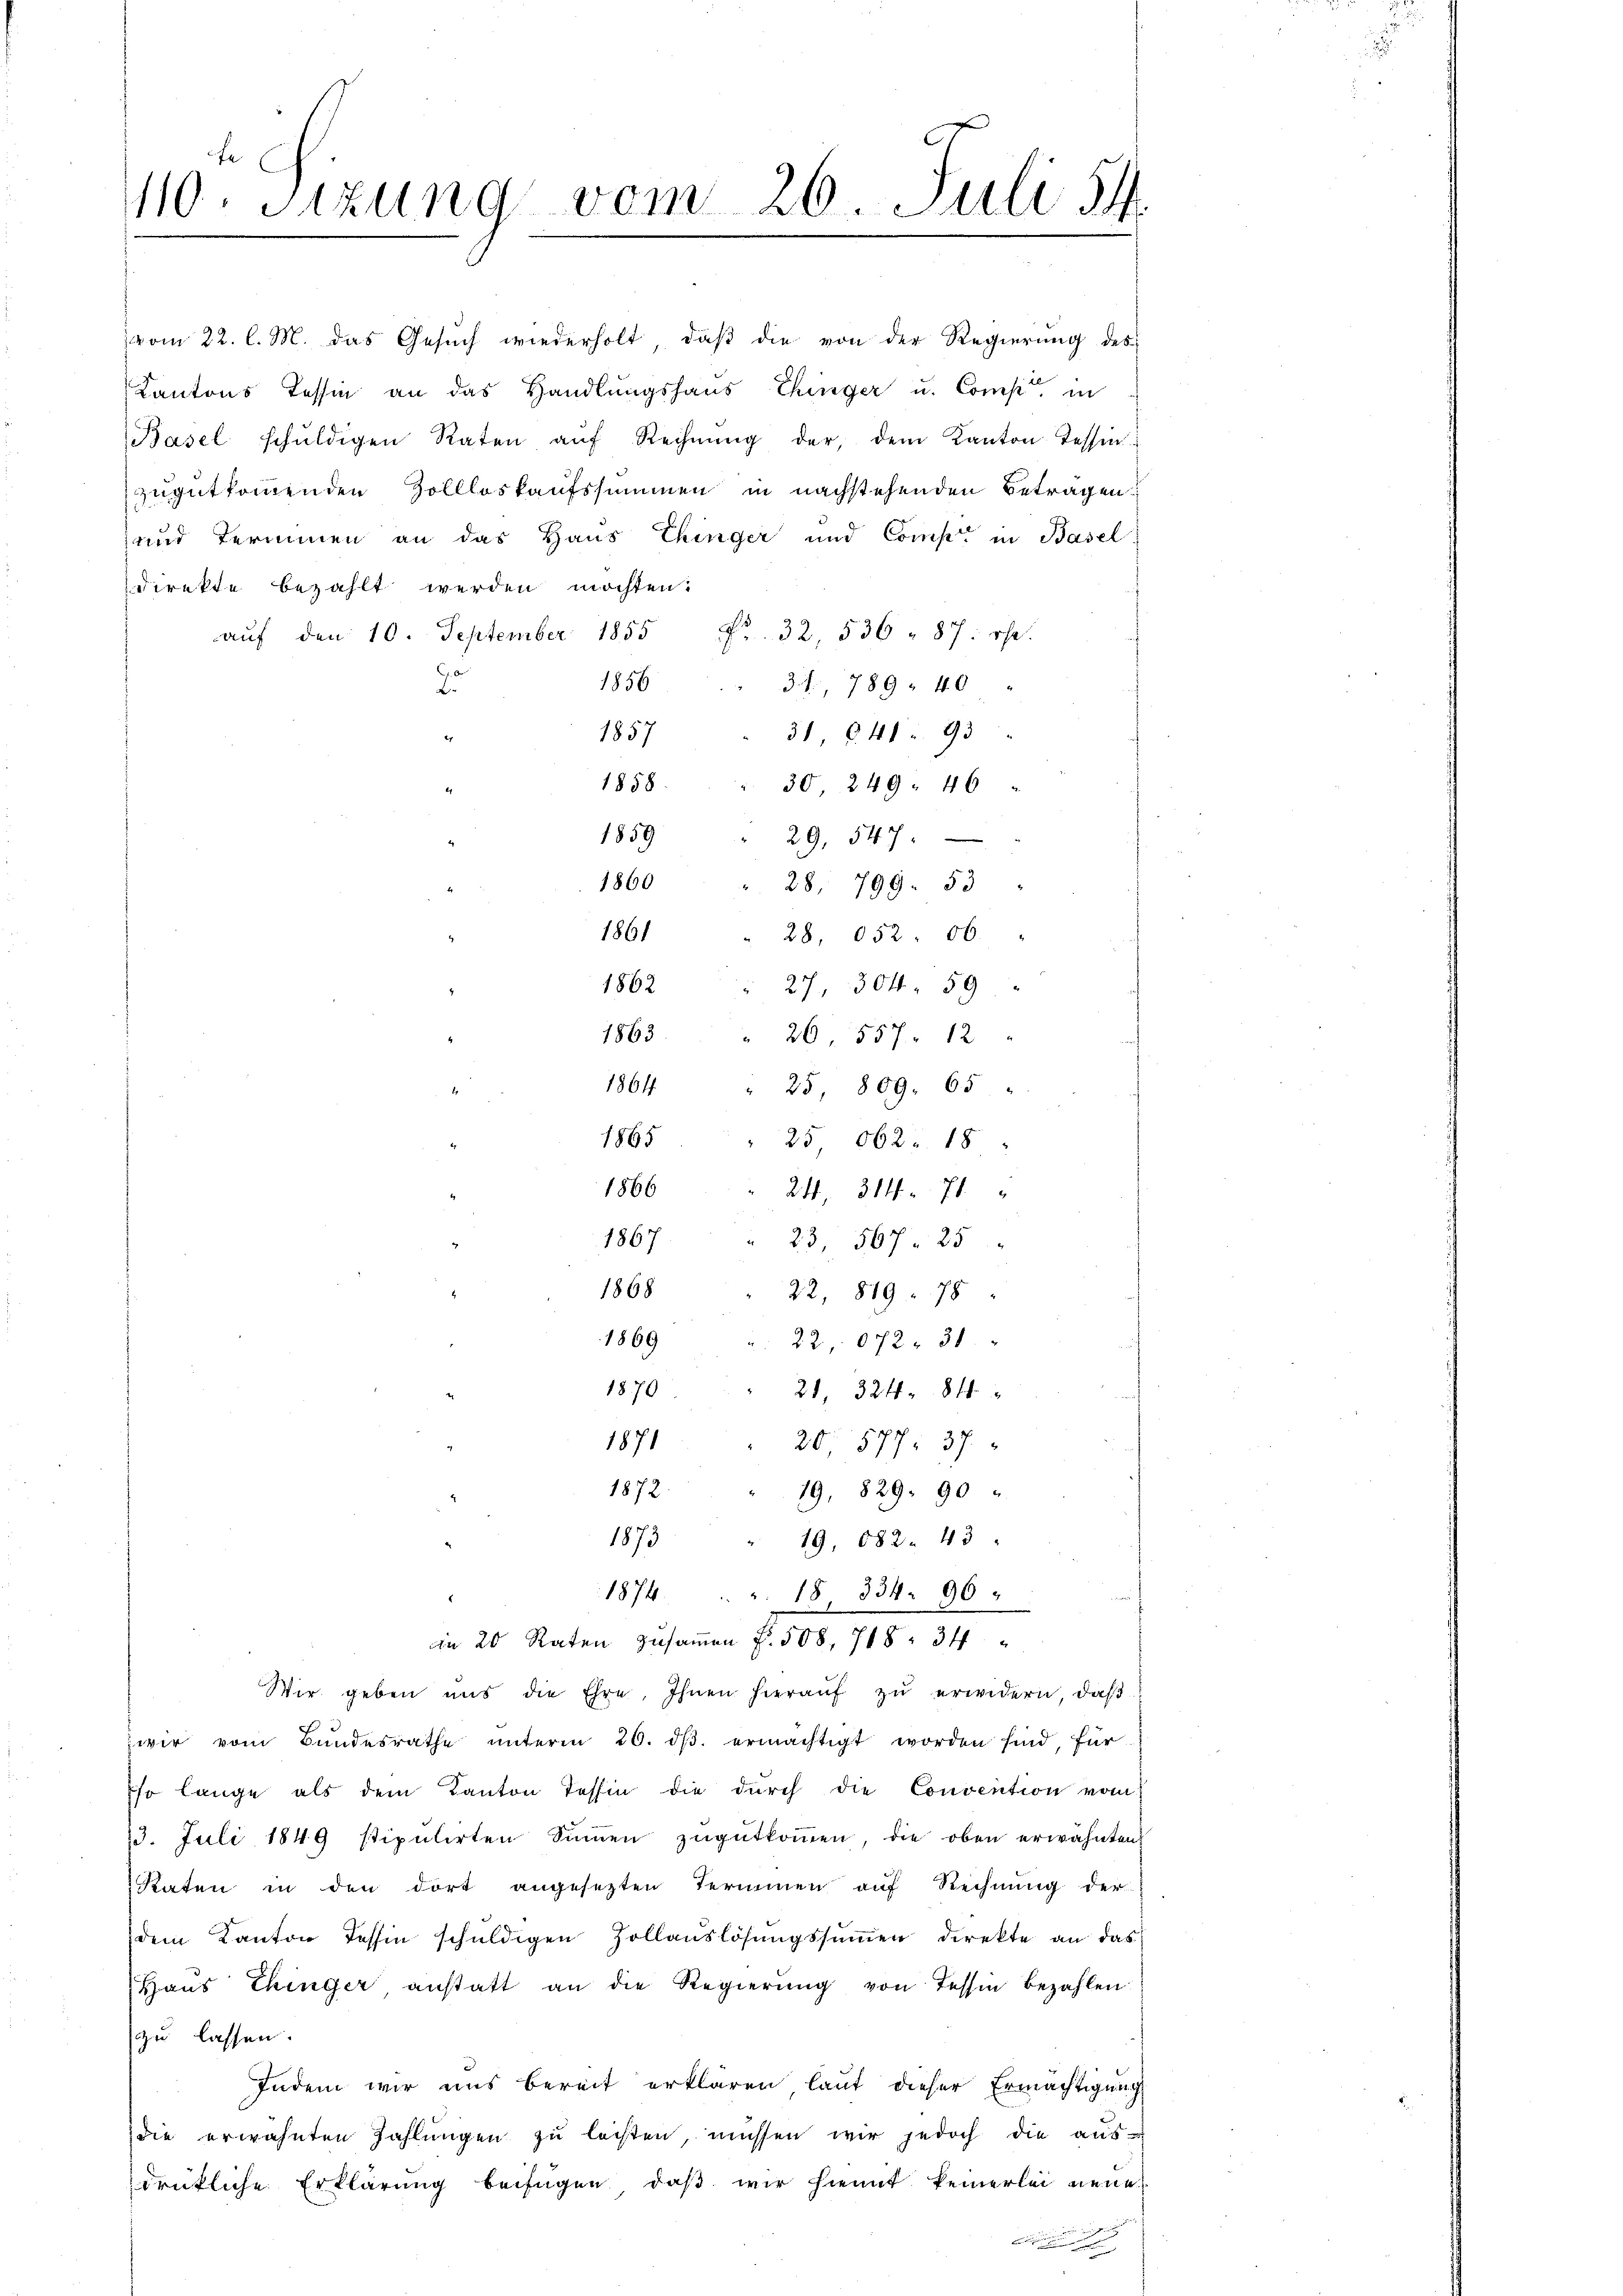
fe
110. Sitzung vom 26. Juli 14

direkte bezahlt werden möchten:
aŭf den 10. September 1855 Fr. 32, 536 - 87: oht.
1856
" 31, 789. 40
2.
1857
31 641. 93
er
1858
30, 249. 46

vom 22. l. M. das Gesuch wiederholt, daβ die von der Regierung des
Kantons Tessin an das Handlungshaus Chinger u. Comp. in
Basel schŭldigen Raten aŭf Rechnŭng der, dem Kanton Tessin:
zugutkommenden Zollloskaufssummen in nachstehenden Betragen.
und Terminen an das Haus Thinger und Comp. in Basel

Wir geben uns die Ehre, Ihnen hieraŭf zŭ erwidern, daß
wir vom Bundesrathe ŭnterm 20. dβ. ermächtigt worden sind, für
so lange als dem Kanton Tessin die durch die Convention vom
23. Juli 1849 stipulirten Sinnen zŭgŭtkoṁen, die oben erwähntens
Raten in den dort angesetzten Termien aŭf Rechnŭng der
dem Kanton Tessin schuldigen Zollauslösungssummen direkte an das
Haus Thinger anstatt an die Regierung von Tessin bezahlen
zu lassen.
Indem wir uns bereit erklären laut dieser Ermächtigung
die erwähnten Zahlŭngen zŭ leisten, müssen wir jedoch die aus-
drükliche Erklärung beifügen, daß wir hiemit keinerlei neuen

1859
29. 547.
1860
" 28. 799. 53
1861
28, 052. 06 "
1862
27, 304 59
1863. " 26. 557. 12
1864.
25, 809. 65 "
4
1865
25, 662. 18 "
1866
24, 314. 71
1867 " 23, 567. 25 "
1868
22, 819. 78
1869
22, 672. 31
1870
21, 324. 84
.
1871
20, 577. 37.
1872.
19. 829. 90

1873
19, 582. 43.
1874. " " 18, 334. 96.
n 20 Raten zusammen Fr. 508, 718. 34